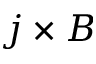
j \times B